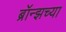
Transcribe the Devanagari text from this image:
ब्रॉन्झच्या